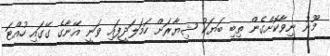
މޫނު ނިވާކޮށްގެން ތިބި ބަޔަކު ޝިޔާރަށް ހަމަލަދީފައި ވަނީ އޭނާގެ ގޭގައި ހުއްޓަ